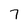
Character: 7